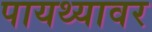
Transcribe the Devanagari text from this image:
पायथ्यावर